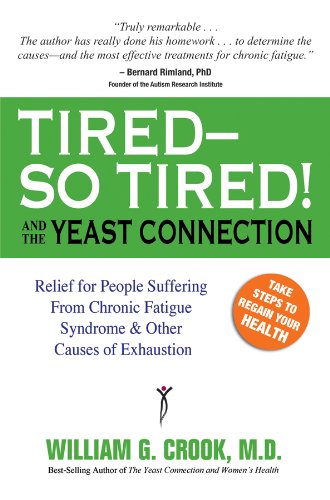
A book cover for Tired--So Tired! and the Yeast Connection (The Yeast Connection Series); William G. Crook; Health, Fitness & Dieting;